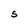
Character: s